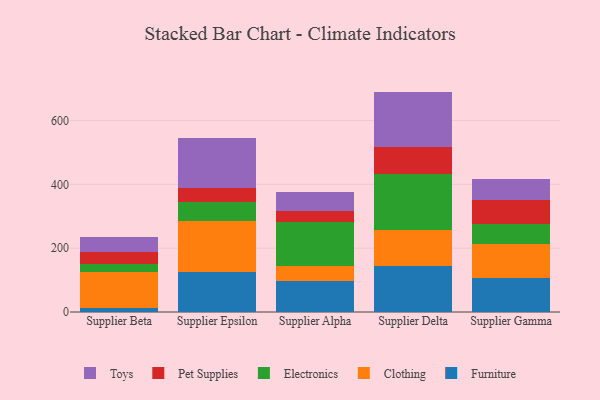
{"axis": {"x": "Supplier", "y": "Production Output"}, "legend": ["Clothing", "Electronics", "Furniture", "Pet Supplies", "Toys"], "data": [{"x": "Supplier Beta", "y": 13.2, "type": "Furniture"}, {"x": "Supplier Beta", "y": 110.6, "type": "Clothing"}, {"x": "Supplier Beta", "y": 25.6, "type": "Electronics"}, {"x": "Supplier Beta", "y": 40.0, "type": "Pet Supplies"}, {"x": "Supplier Beta", "y": 44.7, "type": "Toys"}, {"x": "Supplier Epsilon", "y": 123.9, "type": "Furniture"}, {"x": "Supplier Epsilon", "y": 160.8, "type": "Clothing"}, {"x": "Supplier Epsilon", "y": 58.9, "type": "Electronics"}, {"x": "Supplier Epsilon", "y": 44.5, "type": "Pet Supplies"}, {"x": "Supplier Epsilon", "y": 157.0, "type": "Toys"}, {"x": "Supplier Alpha", "y": 96.6, "type": "Furniture"}, {"x": "Supplier Alpha", "y": 48.7, "type": "Clothing"}, {"x": "Supplier Alpha", "y": 136.1, "type": "Electronics"}, {"x": "Supplier Alpha", "y": 35.6, "type": "Pet Supplies"}, {"x": "Supplier Alpha", "y": 59.5, "type": "Toys"}, {"x": "Supplier Delta", "y": 143.6, "type": "Furniture"}, {"x": "Supplier Delta", "y": 113.6, "type": "Clothing"}, {"x": "Supplier Delta", "y": 175.1, "type": "Electronics"}, {"x": "Supplier Delta", "y": 83.6, "type": "Pet Supplies"}, {"x": "Supplier Delta", "y": 174.7, "type": "Toys"}, {"x": "Supplier Gamma", "y": 108.1, "type": "Furniture"}, {"x": "Supplier Gamma", "y": 105.1, "type": "Clothing"}, {"x": "Supplier Gamma", "y": 62.7, "type": "Electronics"}, {"x": "Supplier Gamma", "y": 74.9, "type": "Pet Supplies"}, {"x": "Supplier Gamma", "y": 64.9, "type": "Toys"}]}